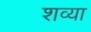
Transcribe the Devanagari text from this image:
शव्या